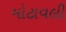
મોટાવલી